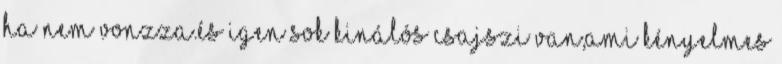
ha nem vonzza.És igen sok kinálós csajszi van,ami kényelmes